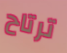
ترتاح